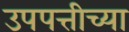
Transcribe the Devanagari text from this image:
उपपत्तीच्या